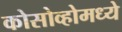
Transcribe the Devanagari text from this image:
कोसोव्होमध्ये